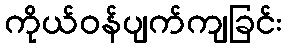
ကိုယ်ဝန်ပျက်ကျခြင်း